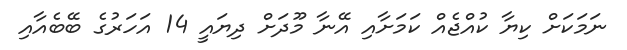
ނަމަކަށް ކިޔާ ކުއްޖެއް ކަމަށާއި އޭނާ މޫދަށް ދިޔައީ 14 އަހަރުގެ ބޭބެއާއި